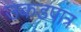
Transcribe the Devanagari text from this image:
उकडपात्र